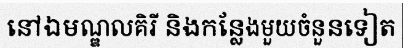
នៅឯមណ្ឌលគិរី និងកន្លែងមួយចំនួនទៀត